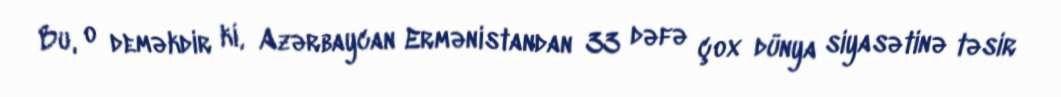
Bu, o deməkdir ki, Azərbaycan Ermənistandan 33 dəfə çox dünya siyasətinə təsir